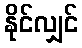
နိုင်လျှင်